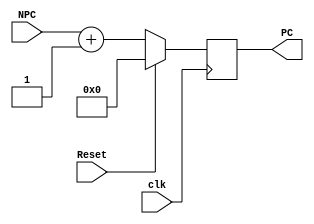
module Pc( NPC , clk , Reset , PC );
input [31:2] NPC ;
input clk ;
input Reset ;
output [31:2] PC ;

reg [31:2]PC_ ;

assign PC = PC_;
always @(posedge clk)
if (Reset) PC_ <= 32'h0 ; //PC_ <= 32'h2EE ;
else
  PC_ <= NPC + 1 ;
endmodule